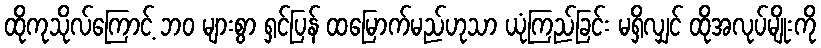
ထိုကုသိုလ်ကြောင့် ဘဝ များစွာ ရှင်ပြန် ထမြောက်မည်ဟုသာ ယုံကြည်ခြင်း မရှိလျှင် ထိုအလုပ်မျိုးကို